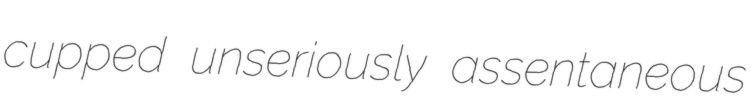
cupped unseriously assentaneous